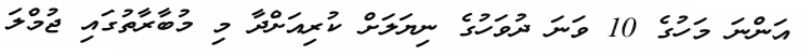
އަންނަ މަހުގެ 10 ވަނަ ދުވަހުގެ ނިޔަލަށް ކުރިއަށްދާ މި މުބާރާތުގައި ޖުމްލަ